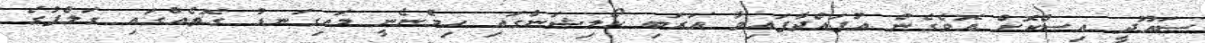
ސައޫދީ އިސްކޮށް އޮވެގެން އުފައްދާފައިވާ އަރަބި ކޯލިޝަންގައި ހިމެނެނީ މައިގަނޑު ގޮތެއްގައި ގަލްފުގެ